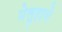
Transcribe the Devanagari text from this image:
मेलुहाचे